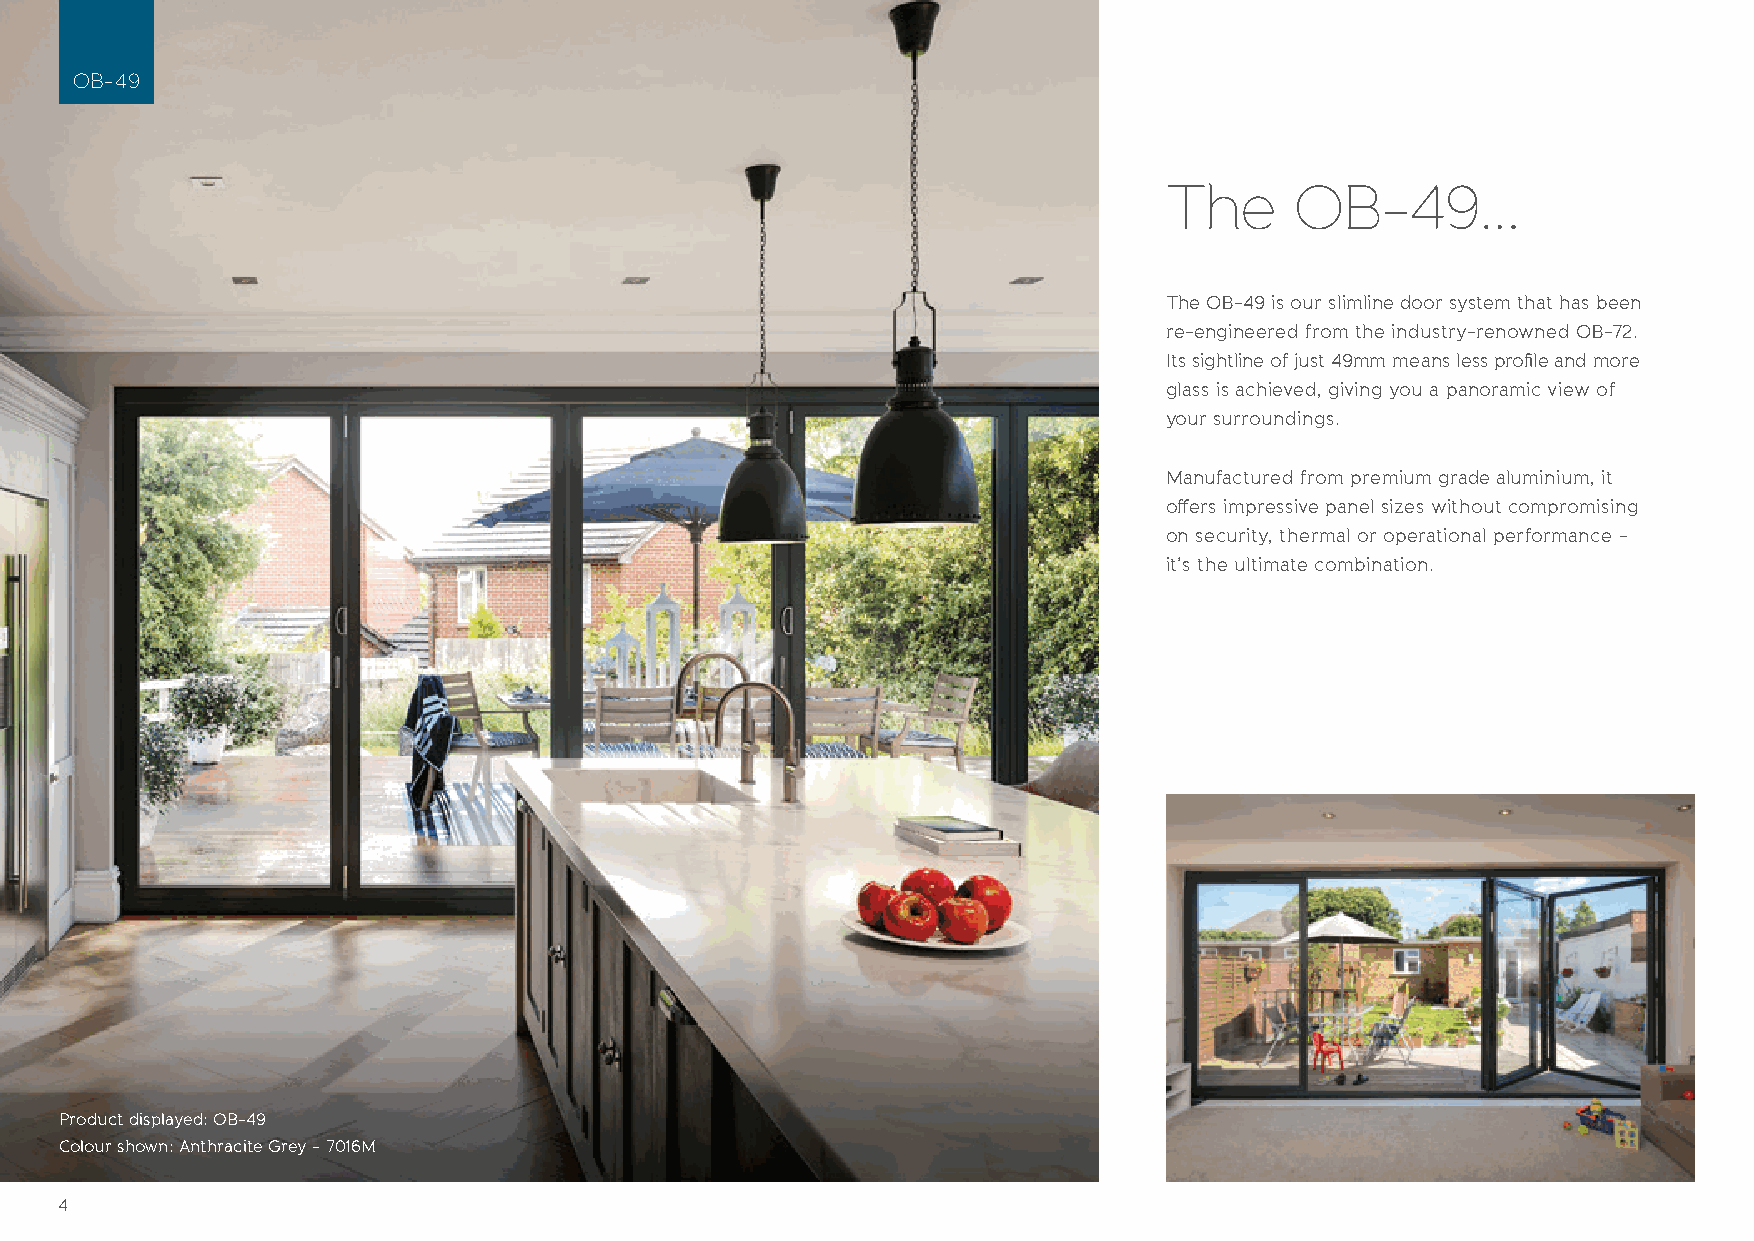
OB-49
 The      OB-49...
 The OB-49 is our slimline door system that has been
 re-engineered from the industry-renowned OB-72.
 Its sightline of just 49mm means less profile and more
 glass is achieved, giving you a panoramic view of
 your surroundings.
 Manufactured from premium grade aluminium, it
 offers impressive panel sizes without compromising
 on security, thermal or operational performance -
 it’s the ultimate combination.
 Product displayed: OB-49
 Colour shown: Anthracite Grey - 7016M
 4